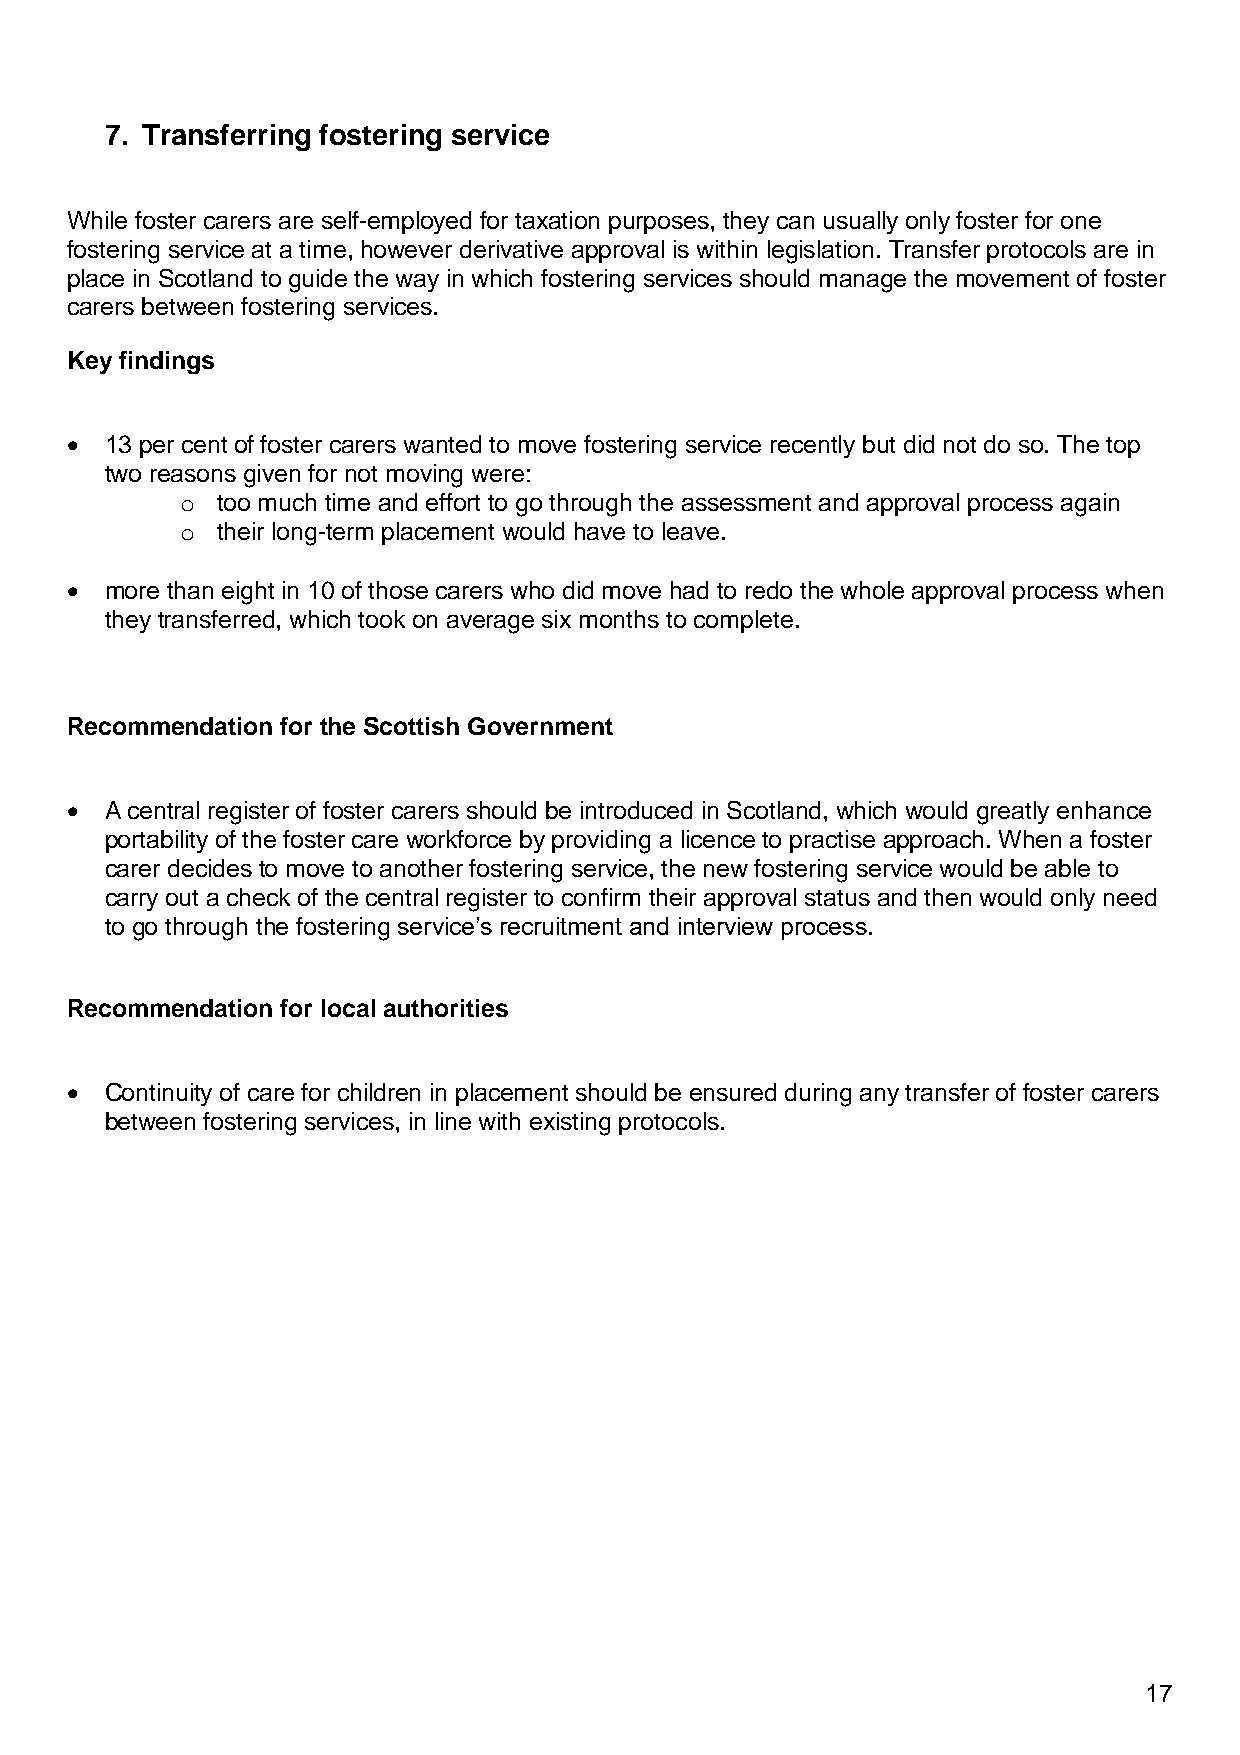
7. Transferring fostering service
 While foster carers are self-employed for taxation purposes, they can usually only foster for one
 fostering service at a time, however derivative approval is within legislation. Transfer protocols are in
 place in Scotland to guide the way in which fostering services should manage the movement of foster
 carers between fostering services.
 Key findings
 •  13 per cent of foster carers wanted to move fostering service recently but did not do so. The top
 two reasons given for not moving were:
 o too much time and effort to go through the assessment and approval process again
 o their long-term placement would have to leave.
 •  more than eight in 10 of those carers who did move had to redo the whole approval process when
 they transferred, which took on average six months to complete.
 Recommendation for the Scottish Government
 •  A central register of foster carers should be introduced in Scotland, which would greatly enhance
 portability of the foster care workforce by providing a licence to practise approach. When a foster
 carer decides to move to another fostering service, the new fostering service would be able to
 carry out a check of the central register to confirm their approval status and then would only need
 to go through the fostering service’s recruitment and interview process.
 Recommendation for local authorities
 •  Continuity of care for children in placement should be ensured during any transfer of foster carers
 between fostering services, in line with existing protocols.
 17